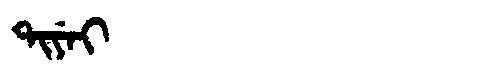
Manchu: ᡨᡳᠶᡝᡳ
Romanization: TIYEI